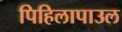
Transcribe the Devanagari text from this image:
पिहिलापाउल